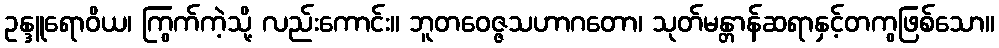
ဥန္ဒူရောဝိယ၊ ကြွက်ကဲ့သို့ လည်းကောင်း။ ဘူတဝေဇ္ဇသဟာဂတော၊ သုတ်မန္တာန်ဆရာနှင့်တကွဖြစ်သော။